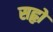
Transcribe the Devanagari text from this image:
सहृो